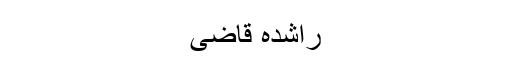
راشدہ قاضی